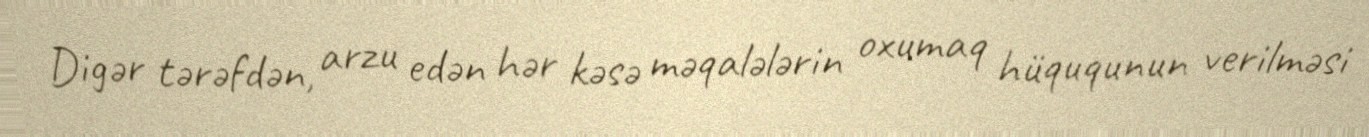
Digər tərəfdən, arzu edən hər kəsə məqalələrin oxumaq hüququnun verilməsi